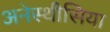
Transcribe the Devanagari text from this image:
अनेस्थीसिया